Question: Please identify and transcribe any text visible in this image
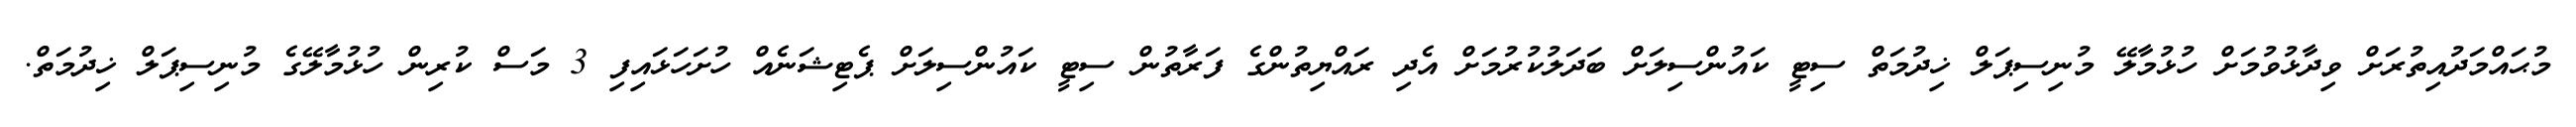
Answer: މުޙައްމަދުއިތުރަށް ވިދާޅުވުމަށް ހުޅުމާލޭ މުނިސިޕަލް ޚިދުމަތް ސިޓީ ކައުންސިލަށް ބަދަލުކުރުމަށް އެދި ރައްޔިތުންގެ ފަރާތުން ސިޓީ ކައުންސިލަށް ޕެޓިޝަނެއް ހުށަހަޅައިފި 3 މަސް ކުރިން ހުޅުމާލޭގެ މުނިސިޕަލް ޚިދުމަތް.